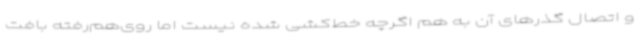
و اتصال گذرهای آن به هم اگرچه خط‌کشی شده نیست اما روی‌هم‌رفته بافت